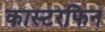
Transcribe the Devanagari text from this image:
कास्टरफिन